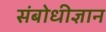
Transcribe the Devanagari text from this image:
संबोधीज्ञान